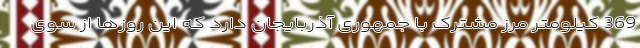
369 کیلومتر مرز مشترک با جمهوری آذربایجان دارد که این روزها از سوی